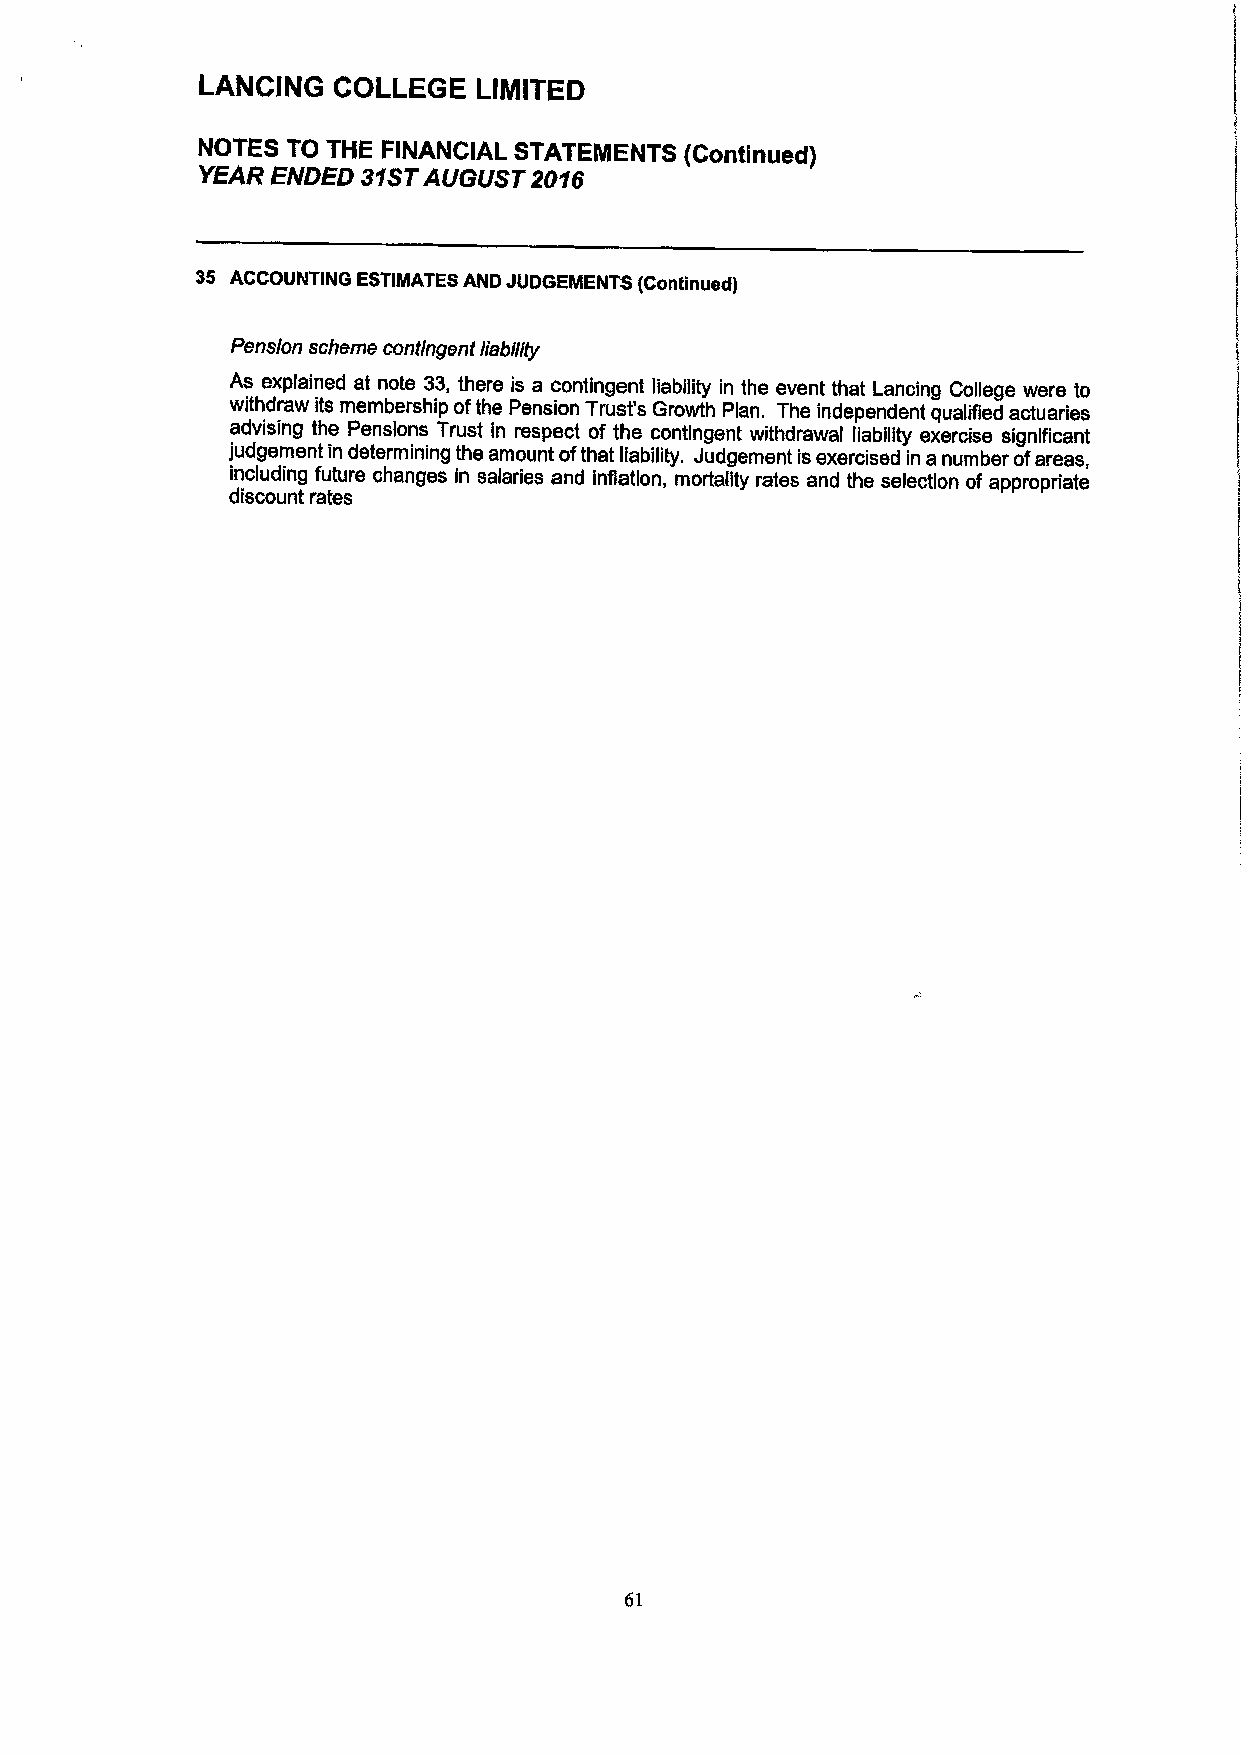
LANCING  COLLEGE   LIMITEO
 NOTES TO THE FINANCIAL STATEMENTS (Continued)
 YEAR ENDED 31STAUGUST 2016
 35 ACCOUNTING ESTIMATES AND JUDGEMENTS (Continued)
 Pens/on scheme contingent liability
 As explained at note 33, there is a contingent liability in the event that Lancing College were to
 withdraw its membership ofthe Pension Trust's Growth Plan. The independent qualied actuaries
 advising the Pensions Trust in respect of the contingent withdrawal liability exercise significant
 judgement in determining the amount ofthat liability. Judgement isexercised in a number ofareas,
 including future changes in salaries and inflation, mortality rates and the selection ofappropriate
 discount rates
 61